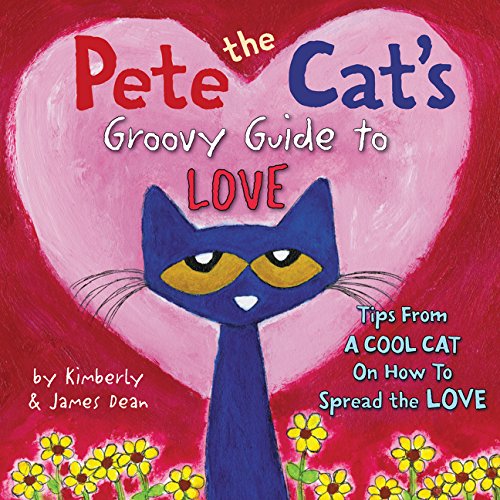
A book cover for Pete the Cat's Groovy Guide to Love; James Dean; Children's Books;